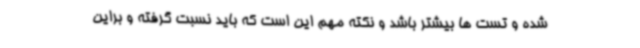
شده و تست ها بیشتر باشد و نکته مهم این است که باید نسبت گرفته و براین